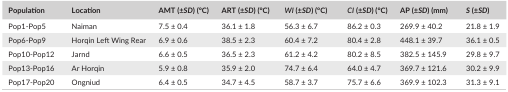
<table><thead><tr><td><b>Population</b></td><td><b>Location</b></td><td><b>AMT (±<i>SD</i>) (°C)</b></td><td><b>ART (±<i>SD</i>) (°C)</b></td><td><b><i>WI</i> (±<i>SD</i>) (°C)</b></td><td><b><i>CI</i> (±<i>SD</i>) (°C)</b></td><td><b>AP (±<i>SD</i>) (mm)</b></td><td><b><i>S</i> (±<i>SD</i>)</b></td></tr></thead><tbody><tr><td>Pop1‐Pop5</td><td>Naiman</td><td>7.5 ± 0.4</td><td>36.1 ± 1.8</td><td>56.3 ± 6.7</td><td>86.2 ± 0.3</td><td>269.9 ± 40.2</td><td>21.8 ± 1.9</td></tr><tr><td>Pop6‐Pop9</td><td>Horqin Left Wing Rear</td><td>6.9 ± 0.6</td><td>38.5 ± 2.3</td><td>60.4 ± 7.2</td><td>80.4 ± 2.8</td><td>448.1 ± 39.7</td><td>36.1 ± 0.5</td></tr><tr><td>Pop10‐Pop12</td><td>Jarnd</td><td>6.6 ± 0.5</td><td>36.5 ± 2.3</td><td>61.2 ± 4.2</td><td>80.2 ± 8.5</td><td>382.5 ± 145.9</td><td>29.8 ± 9.7</td></tr><tr><td>Pop13‐Pop16</td><td>Ar Horqin</td><td>5.9 ± 0.8</td><td>35.9 ± 2.0</td><td>74.7 ± 6.4</td><td>64.0 ± 4.7</td><td>369.7 ± 121.6</td><td>30.2 ± 9.9</td></tr><tr><td>Pop17‐Pop20</td><td>Ongniud</td><td>6.4 ± 0.5</td><td>34.7 ± 4.5</td><td>58.7 ± 3.7</td><td>75.7 ± 6.6</td><td>369.9 ± 102.3</td><td>31.3 ± 9.1</td></tr></tbody></table>